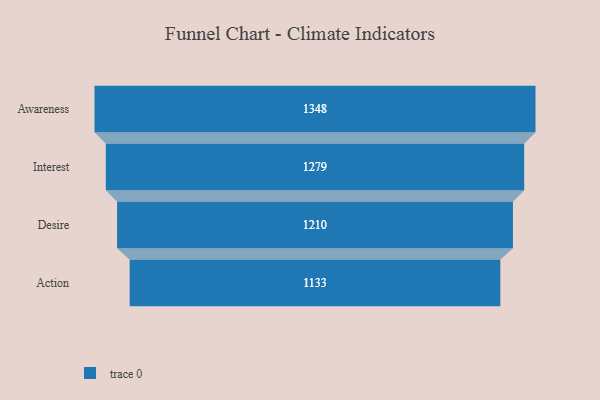
{"axis": {"x": "Stage", "y": "Value"}, "legend": [""], "data": [{"x": "Awareness", "y": 1348.0, "type": ""}, {"x": "Interest", "y": 1279.0, "type": ""}, {"x": "Desire", "y": 1210.0, "type": ""}, {"x": "Action", "y": 1133.0, "type": ""}]}